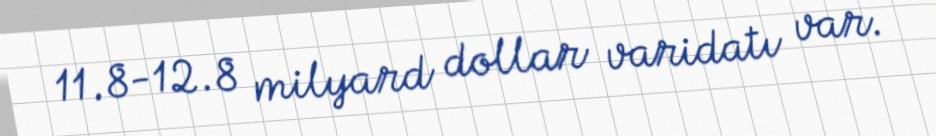
11.8-12.8 milyard dollar varidatı var.